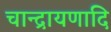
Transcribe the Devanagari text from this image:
चान्द्रायणादि